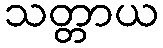
သတ္တာယ